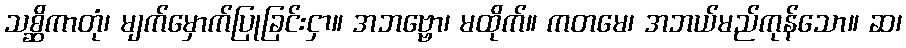
သစ္ဆိကာတုံ၊ မျက်မှောက်ပြုခြင်းငှာ။ အဘဗ္ဗော၊ မထိုက်။ ကတမေ၊ အဘယ်မည်ကုန်သော။ ဆ၊